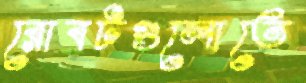
রোবটগুলোতে